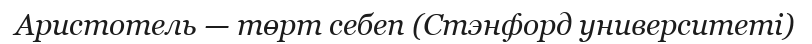
Аристотель — төрт себеп (Стэнфорд университеті)